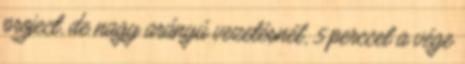
project, de nagy arányú vezetésnél, 5 perccel a vége